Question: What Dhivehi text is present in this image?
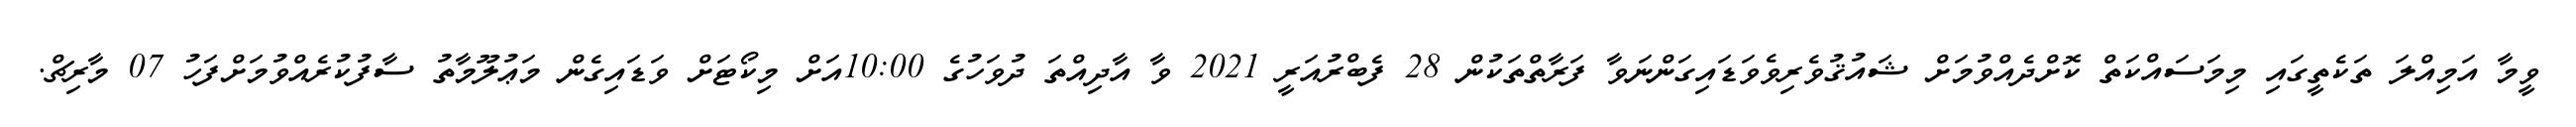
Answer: ވީމާ އަމިއްލަ ތަކެތީގައި މިމަސައްކަތް ކޮށްދެއްވުމަށް ޝައުޤުވެރިވެވަޑައިގަންނަވާ ފަރާތްތަކުން 28 ފެބްރުއަރީ 2021 ވާ އާދިއްތަ ދުވަހުގެ 10:00އަށް މިކޯޓަށް ވަޑައިގެން މަޢުލޫމާތު ސާފުކުރެއްވުމަށްފަހު 07 މާރިޗް.